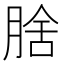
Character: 𭨻